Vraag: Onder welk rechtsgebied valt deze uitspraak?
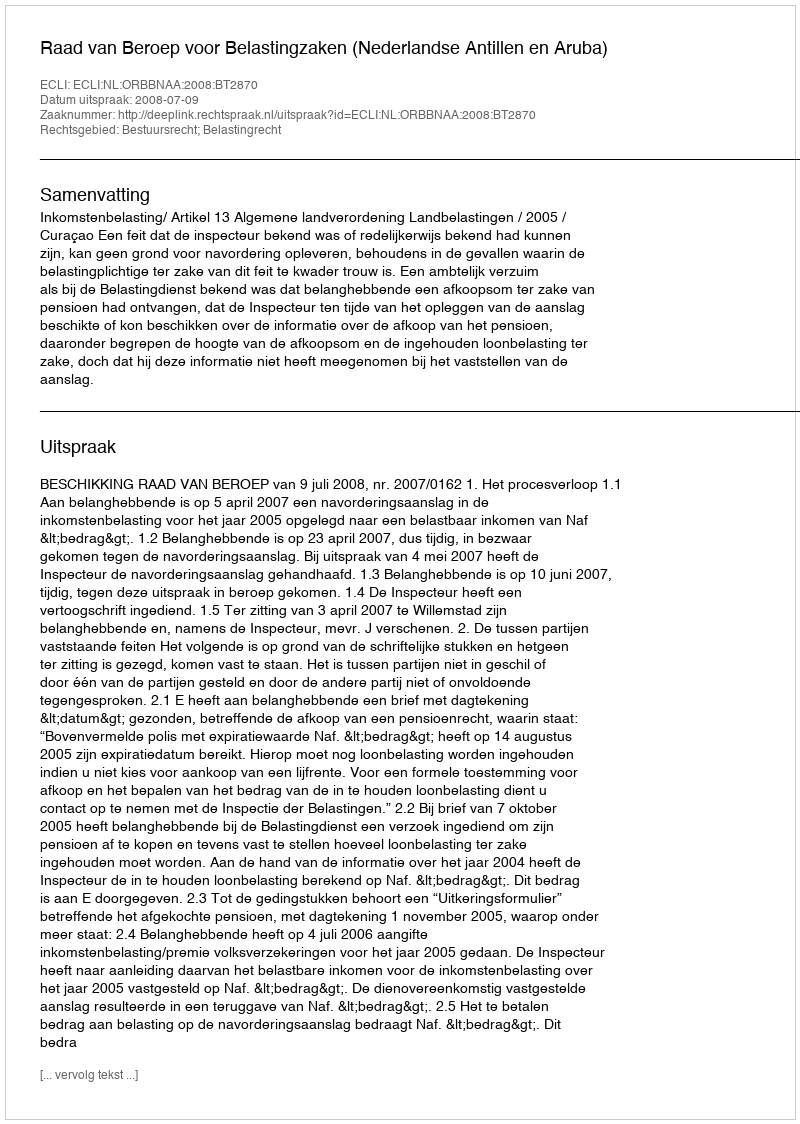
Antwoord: Bestuursrecht; Belastingrecht